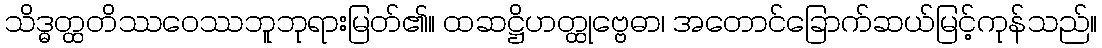
သိဒ္ဓတ္ထတိဿဝေဿဘူဘုရားမြတ်၏။ ထဆဋ္ဌိဟတ္ထုဗ္ဗေဓာ၊ အတောင်ခြောက်ဆယ်မြင့်ကုန်သည်။